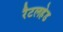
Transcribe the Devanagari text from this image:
रैटलहेड